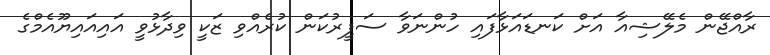
ރާއްޖޭން މެލޭޝިއާ އަށް ކަނޑައަޅާފައި ހުންނަވާ ސަފީރުކަން ކުރެއްވި ޒަކީ ވިދާޅުވީ އައިއައިޔޫއެމްގެ